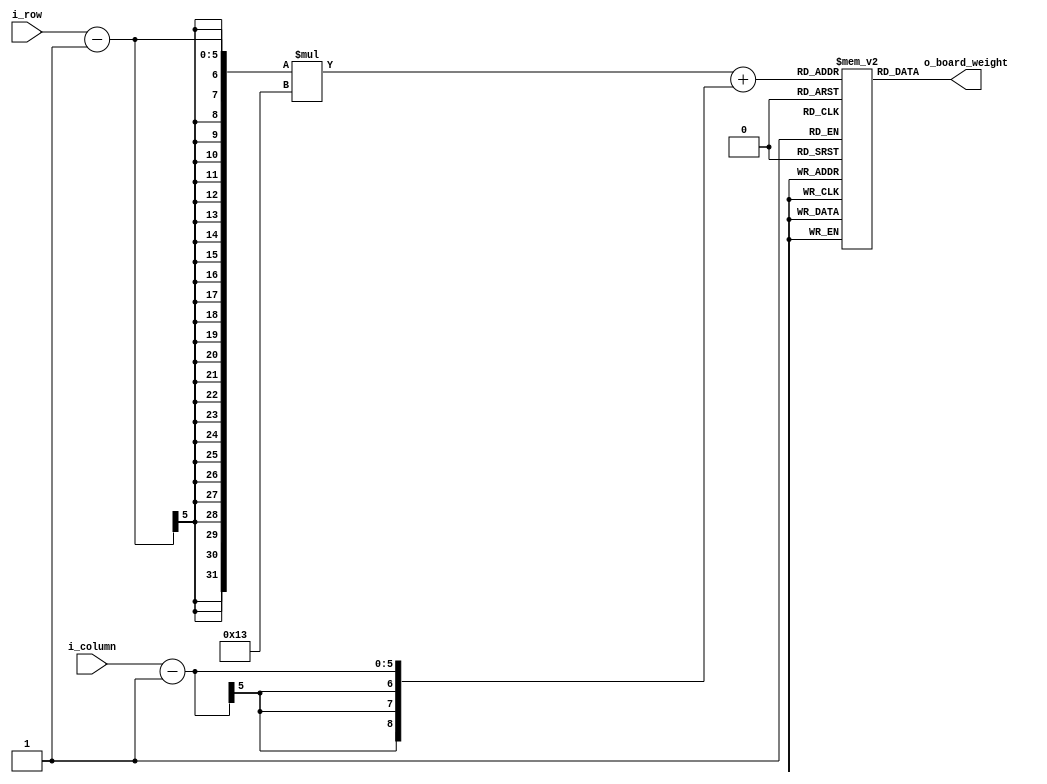
//--------------------------------------------------------------------------------------------
//    module      :    board_values
//    top module  :    threat_detector
//    description :    Contains the weights for each location on the board. Higher weight for
//                     locations close the the centre.
//    revision    :
//    21-9-2011   :    Initial draft
//--------------------------------------------------------------------------------------------

module board_values(
input   wire    [4:0]    i_row,
input   wire    [4:0]    i_column,
output  wire    [4:0]    o_board_weight
);

reg    [4:0]   board[18:0][18:0];

assign    o_board_weight   =    board[i_row-1][i_column-1];

initial
begin
    board[0][0]    =  0;
    board[0][1]    =  0;
    board[0][2]    =  1;
    board[0][3]    =  2;
    board[0][4]    =  3;
    board[0][5]    =  4;
    board[0][6]    =  5;
    board[0][7]    =  6;
    board[0][8]    =  7;
    board[0][9]    =  8;
    board[0][10]   =  7;
    board[0][11]   =  6;
    board[0][12]   =  5;
    board[0][13]   =  4;
    board[0][14]   =  3;
    board[0][15]   =  2;
    board[0][16]   =  1;
    board[0][17]   =  0;
    board[0][18]   =  0;
    board[1][0]    =  0;
    board[1][1]    =  1;
    board[1][2]    =  2;
    board[1][3]    =  3;
    board[1][4]    =  4;
    board[1][5]    =  5;
    board[1][6]    =  6;
    board[1][7]    =  7;
    board[1][8]    =  8;
    board[1][9]    =  9;
    board[1][10]   =  8;
    board[1][11]   =  7;
    board[1][12]   =  6;
    board[1][13]   =  5;
    board[1][14]   =  4;
    board[1][15]   =  3;
    board[1][16]   =  2;
    board[1][17]   =  1;
    board[1][18]   =  0; 
	board[2][0]    =  1;
    board[2][1]    =  2;
    board[2][2]    =  3;
    board[2][3]    =  4;
    board[2][4]    =  5;
    board[2][5]    =  6;
    board[2][6]    =  7;
    board[2][7]    =  8;
    board[2][8]    =  9;
    board[2][9]    =  10;
    board[2][10]   =  9;
    board[2][11]   =  8;
    board[2][12]   =  7;
    board[2][13]   =  6;
    board[2][14]   =  5;
    board[2][15]   =  4;
    board[2][16]   =  3;
    board[2][17]   =  2;
    board[2][18]   =  1;  
	board[3][0]    =  2;
    board[3][1]    =  3;
    board[3][2]    =  4;
    board[3][3]    =  5;
    board[3][4]    =  6;
    board[3][5]    =  7;
    board[3][6]    =  8;
    board[3][7]    =  9;
    board[3][8]    =  10;
    board[3][9]    =  11;
    board[3][10]   =  10;
    board[3][11]   =  9;
    board[3][12]   =  8;
    board[3][13]   =  7;
    board[3][14]   =  6;
    board[3][15]   =  5;
    board[3][16]   =  4;
    board[3][17]   =  3;
    board[3][18]   =  2;	                 
	board[4][0]    =  3;
    board[4][1]    =  4;
    board[4][2]    =  5;
    board[4][3]    =  6;
    board[4][4]    =  7;
    board[4][5]    =  8;
    board[4][6]    =  9;
    board[4][7]    =  10;
    board[4][8]    =  11;
    board[4][9]    =  12;
    board[4][10]   =  11;
    board[4][11]   =  10;
    board[4][12]   =  9;
    board[4][13]   =  8;
    board[4][14]   =  7;
    board[4][15]   =  6;
    board[4][16]   =  5;
    board[4][17]   =  4;
    board[4][18]   =  3;
    board[5][0]    =  4;
    board[5][1]    =  5;
    board[5][2]    =  6;
    board[5][3]    =  7;
    board[5][4]    =  8;
    board[5][5]    =  9;
    board[5][6]    =  10;
    board[5][7]    =  11;
    board[5][8]    =  12;
    board[5][9]    =  13;
    board[5][10]   =  12;
    board[5][11]   =  11;
    board[5][12]   =  10;
    board[5][13]   =  9;
    board[5][14]   =  8;
    board[5][15]   =  7;
    board[5][16]   =  6;
    board[5][17]   =  5;
    board[5][18]   =  4;
    board[6][0]    =  5;
    board[6][1]    =  6;
    board[6][2]    =  7;
    board[6][3]    =  8;
    board[6][4]    =  9;
    board[6][5]    =  10;
    board[6][6]    =  11;
    board[6][7]    =  12;
    board[6][8]    =  13;
    board[6][9]    =  14;
    board[6][10]   =  13;
    board[6][11]   =  12;
    board[6][12]   =  11;
    board[6][13]   =  10;
    board[6][14]   =  9;
    board[6][15]   =  8;
    board[6][16]   =  7;
    board[6][17]   =  6;
    board[6][18]   =  5;
    board[7][0]    =  6;
    board[7][1]    =  7;
    board[7][2]    =  8;
    board[7][3]    =  9;
    board[7][4]    =  10;
    board[7][5]    =  11;
    board[7][6]    =  12;
    board[7][7]    =  13;
    board[7][8]    =  14;
    board[7][9]    =  17;
    board[7][10]   =  14;
    board[7][11]   =  13;
    board[7][12]   =  12;
    board[7][13]   =  11;
    board[7][14]   =  10;
    board[7][15]   =  9;
    board[7][16]   =  8;
    board[7][17]   =  7;
    board[7][18]   =  6;
    board[8][0]    =  7;
    board[8][1]    =  8;
    board[8][2]    =  9;
    board[8][3]    =  10;
    board[8][4]    =  11;
    board[8][5]    =  12;
    board[8][6]    =  13;
    board[8][7]    =  14;
    board[8][8]    =  20;
    board[8][9]    =  16;
    board[8][10]   =  20;
    board[8][11]   =  14;
    board[8][12]   =  13;
    board[8][13]   =  12;
    board[8][14]   =  11;
    board[8][15]   =  10;
    board[8][16]   =  9;
    board[8][17]   =  8;
    board[8][18]   =  7;
    board[9][0]    =  8;
    board[9][1]    =  9;
    board[9][2]    =  10;
    board[9][3]    =  11;
    board[9][4]    =  12;
    board[9][5]    =  13;
    board[9][6]    =  14;
    board[9][7]    =  17;
    board[9][8]    =  16;
    board[9][9]    =  30;
    board[9][10]   =  16;
    board[9][11]   =  17;
    board[9][12]   =  14;
    board[9][13]   =  13;
    board[9][14]   =  12;
    board[9][15]   =  11;
    board[9][16]   =  10;
    board[9][17]   =  9;
    board[9][18]   =  8;	
    board[10][0]   =  7;
    board[10][1]   =  8;
    board[10][2]   =  9;
    board[10][3]   =  10;
    board[10][4]   =  11;
    board[10][5]   =  12;
    board[10][6]   =  13;
    board[10][7]   =  14;
    board[10][8]   =  20;
    board[10][9]   =  16;
    board[10][10]  =  20;
    board[10][11]  =  14;
    board[10][12]  =  13;
    board[10][13]  =  12;
    board[10][14]  =  11;
    board[10][15]  =  10;
    board[10][16]  =  9;
    board[10][17]  =  8;
    board[10][18]  =  7;
    board[11][0]   =  6;
    board[11][1]   =  7;
    board[11][2]   =  8;
    board[11][3]   =  9;
    board[11][4]   =  10;
    board[11][5]   =  11;
    board[11][6]   =  12;
    board[11][7]   =  13;
    board[11][8]   =  14;
    board[11][9]   =  17;
    board[11][10]  =  14;
    board[11][11]  =  13;
    board[11][12]  =  12;
    board[11][13]  =  11;
    board[11][14]  =  10;
    board[11][15]  =  9;
    board[11][16]  =  8;
    board[11][17]  =  7;
    board[11][18]  =  6;
    board[12][0]   =  5;
    board[12][1]   =  6;
    board[12][2]   =  7;
    board[12][3]   =  8;
    board[12][4]   =  9;
    board[12][5]   =  10;
    board[12][6]   =  11;
    board[12][7]   =  12;
    board[12][8]   =  13;
    board[12][9]   =  14;
    board[12][10]  =  13;
    board[12][11]  =  12;
    board[12][12]  =  11;
    board[12][13]  =  10;
    board[12][14]  =  9;
    board[12][15]  =  8;
    board[12][16]  =  7;
    board[12][17]  =  6;
    board[12][18]  =  5;
    board[13][0]   =  4;
    board[13][1]   =  5;
    board[13][2]   =  6;
    board[13][3]   =  7;
    board[13][4]   =  8;
    board[13][5]   =  9;
    board[13][6]   =  10;
    board[13][7]   =  11;
    board[13][8]   =  12;
    board[13][9]   =  13;
    board[13][10]  =  12;
    board[13][11]  =  11;
    board[13][12]  =  10;
    board[13][13]  =  9;
    board[13][14]  =  8;
    board[13][15]  =  7;
    board[13][16]  =  6;
    board[13][17]  =  5;
    board[13][18]  =  4;
    board[14][0]   =  3;
    board[14][1]   =  4;
    board[14][2]   =  5;
    board[14][3]   =  6;
    board[14][4]   =  7;
    board[14][5]   =  8;
    board[14][6]   =  9;
    board[14][7]   =  10;
    board[14][8]   =  11;
    board[14][9]   =  12;
    board[14][10]  =  11;
    board[14][11]  =  10;
    board[14][12]  =  9;
    board[14][13]  =  8;
    board[14][14]  =  7;
    board[14][15]  =  6;
    board[14][16]  =  5;
    board[14][17]  =  4;
    board[14][18]  =  3;
    board[15][0]   =  2;
    board[15][1]   =  3;
    board[15][2]   =  4;
    board[15][3]   =  5;
    board[15][4]   =  6;
    board[15][5]   =  7;
    board[15][6]   =  8;
    board[15][7]   =  9;
    board[15][8]   =  10;
    board[15][9]   =  11;
    board[15][10]  =  10;
    board[15][11]  =  9;
    board[15][12]  =  8;
    board[15][13]  =  7;
    board[15][14]  =  6;
    board[15][15]  =  5;
    board[15][16]  =  4;
    board[15][17]  =  3;
    board[15][18]  =  2;	
    board[16][0]   =   1;
    board[16][1]   =   2;
    board[16][2]   =   3;
    board[16][3]   =   4;
    board[16][4]   =   5;
    board[16][5]   =   6;
    board[16][6]   =   7;
    board[16][7]   =   8;
    board[16][8]   =   9;
    board[16][9]   =  10;
    board[16][10]  =  11;
    board[16][11]  =  12;
    board[16][12]  =  13;
    board[16][13]  =  14;
    board[16][14]  =  15;
    board[16][15]  =  16;
    board[16][16]  =  17;
    board[16][17]  =  18;
    board[16][18]  =  19; 
    board[17][0]   =  0;
    board[17][1]   =  1;
    board[17][2]   =  2;
    board[17][3]   =  3;
    board[17][4]   =  4;
    board[17][5]   =  5;
    board[17][6]   =  6;
    board[17][7]   =  7;
    board[17][8]   =  8;
    board[17][9]   =  9;
    board[17][10]  =  8;
    board[17][11]  =  7;
    board[17][12]  =  6;
    board[17][13]  =  5;
    board[17][14]  =  4;
    board[17][15]  =  3;
    board[17][16]  =  2;
    board[17][17]  =  1;
    board[17][18]  =  0;
    board[18][0]   =  0;
    board[18][1]   =  0;
    board[18][2]   =  1;
    board[18][3]   =  2;
    board[18][4]   =  3;
    board[18][5]   =  4;
    board[18][6]   =  5;
    board[18][7]   =  6;
    board[18][8]   =  7;
    board[18][9]   =  8;
    board[18][10]  =  7;
    board[18][11]  =  6;
    board[18][12]  =  5;
    board[18][13]  =  4;
    board[18][14]  =  3;
    board[18][15]  =  2;
    board[18][16]  =  1;
    board[18][17]  =  0;
    board[18][18]  =  0;
end	
	
endmodule